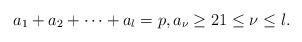
LaTeX: \begin{align*}a_1 + a_2 +\cdots +a_l=p, a_\nu \geq 2 1 \leq \nu \leq l.\end{align*}